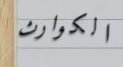
الكوارث